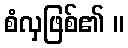
စံလှဖြစ်၏ ။